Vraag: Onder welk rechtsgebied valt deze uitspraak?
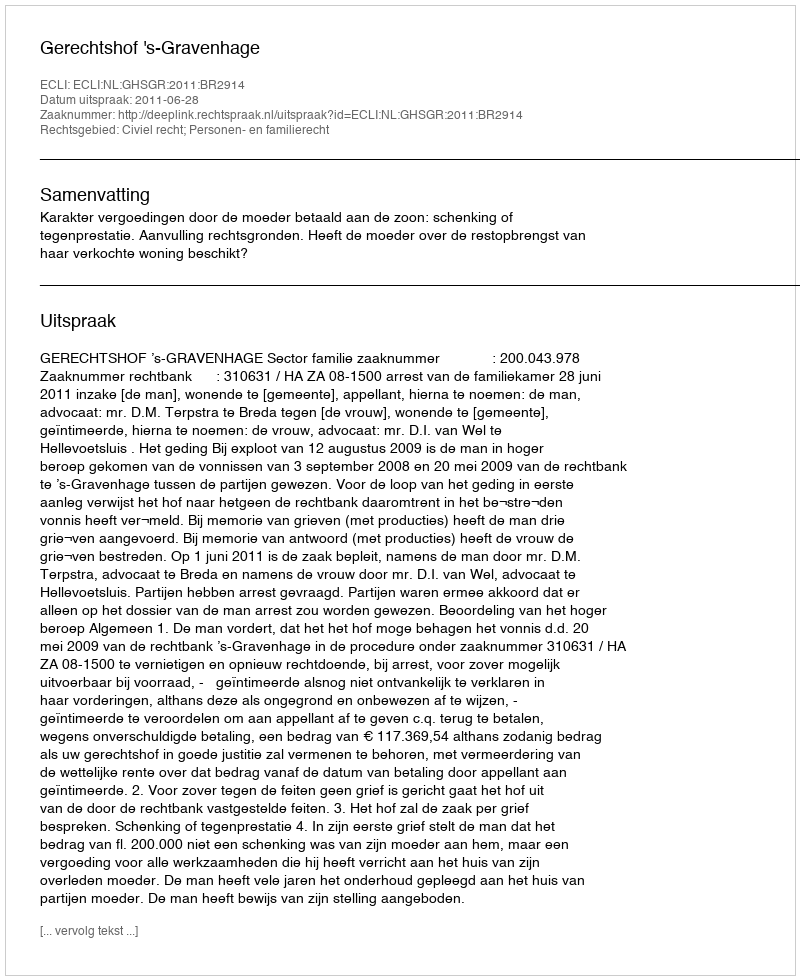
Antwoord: Civiel recht; Personen- en familierecht